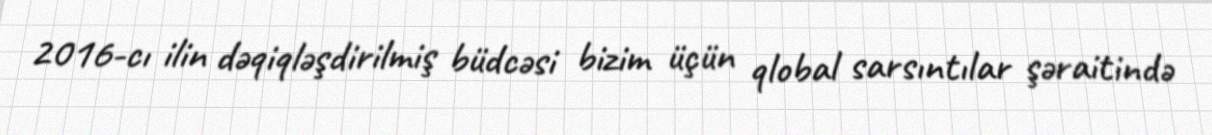
2016-cı ilin dəqiqləşdirilmiş büdcəsi bizim üçün qlobal sarsıntılar şəraitində